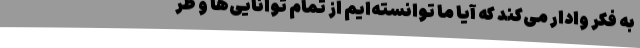
به فکر وادار می‌کند که آیا ما توانسته‌ایم از تمام توانایی‌ها و ظر